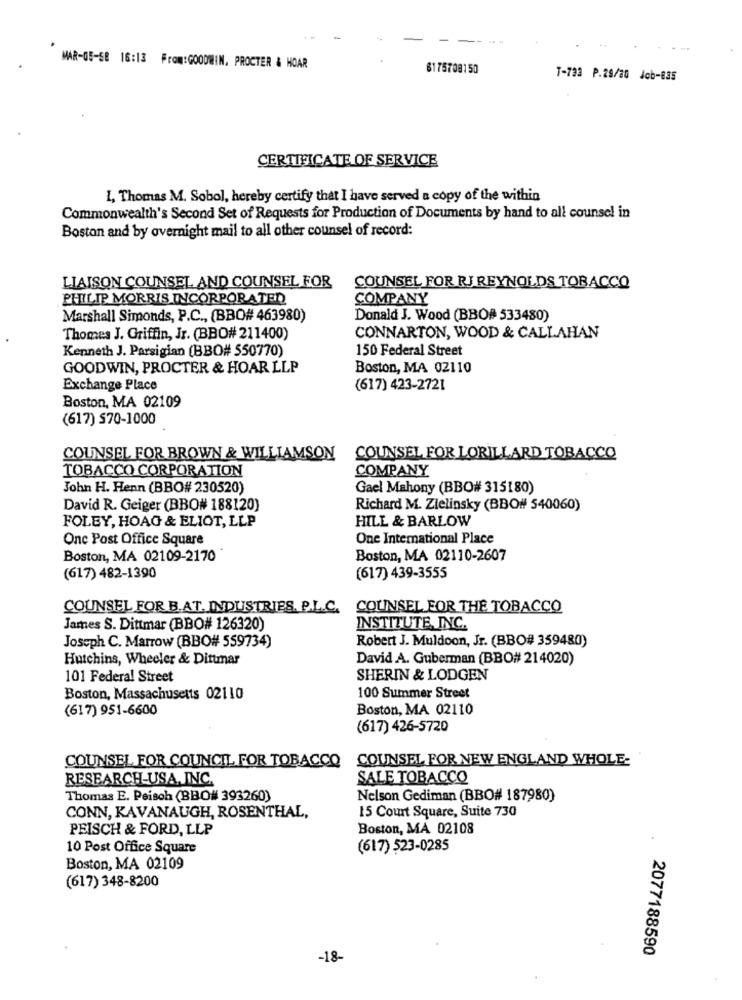
- -.
MAR-05-58 16:13 From: GOODWIN. PROCTER & HOAR
6175708150
T-733 P.29/80 Job-035
CERTIFICATE OF SERVICE
I, Thomas M. Sobol, hereby certify that I have served a copy of the within
Commonwealth's Second Set of Requests for Production of Documents by hand to all counsel in
Boston and by overnight mail to all other counsel of record:
LIAISON COUNSEL AND COUNSEL FOR
COUNSEL FOR RJ REYNOLDS TOBACCO
PHILIP MORRIS INCORPORATED
COMPANY
Marshall Simonds, P.C ., (BBQ# 463980)
Donald J. Wood (BBO# 533480)
Thomes J. Griffin, Jr. (BBO# 211400)
CONNARTON, WOOD & CALLAHAN
Kenneth J. Parsigian (BBO# 550770)
150 Federal Street
GOODWIN, PROCTER & HOAR LLP
Boston, MA 02110
Exchange Place
(617) 423-2721
Boston, MA 02109
(617) $70-1000
COUNSEL FOR BROWN & WILLIAMSON
COUNSEL FOR LORILLARD TOBACCO
TOBACCO CORPORATION
COMPANY
John H. Henn (BBO# 230520)
Gael Mahony (BBO# 315180)
David R. Geiger (BBO# 188120)
Richard M. Zielinsky (BBO# 540060)
FOLEY, HOAG & ELIOT, LLP
HILL & BARLOW
Onc Post Office Square
One International Place
Boston, MA 02109-2170
Boston, MA 02110-2607
(617) 482-1390
(617) 439-3555
COUNSEL FOR B.AT. INDUSTRIES. P.L.C.
COUNSEL FOR THE TOBACCO
James S. Dittmar (BBO# 126320)
INSTITUTE, INC.
Robert J. Muldoon, Jr. (BBO# 359480)
Joseph C. Marrow (BBO# 559734)
Hutchins, Wheeler & Dittmar
David A. Guberman (BBO# 214020)
101 Federal Street
SHERIN & LODGEN
Boston, Massachusetts 02110
100 Summer Street
(617) 951-6600
Boston, MA 02110
(617) 426-5720
COUNSEL FOR COUNCIL FOR TOBACCO
COUNSEL FOR NEW ENGLAND WHOLE:
RESEARCH-USA, INC.
SALE TOBACCO
Thomas E. Peisch (BBO# 393260)
Nelson Gediman (BBO# 187980)
15 Court Square, Suite 730
CONN, KAVANAUGH, ROSENTHAL,
PEISCH & FORD, LLP
Boston, MA 02108
10 Post Office Square
(617) 523-0285
Boston, MA 02109
(617) 348-8200
2077188590
-18-